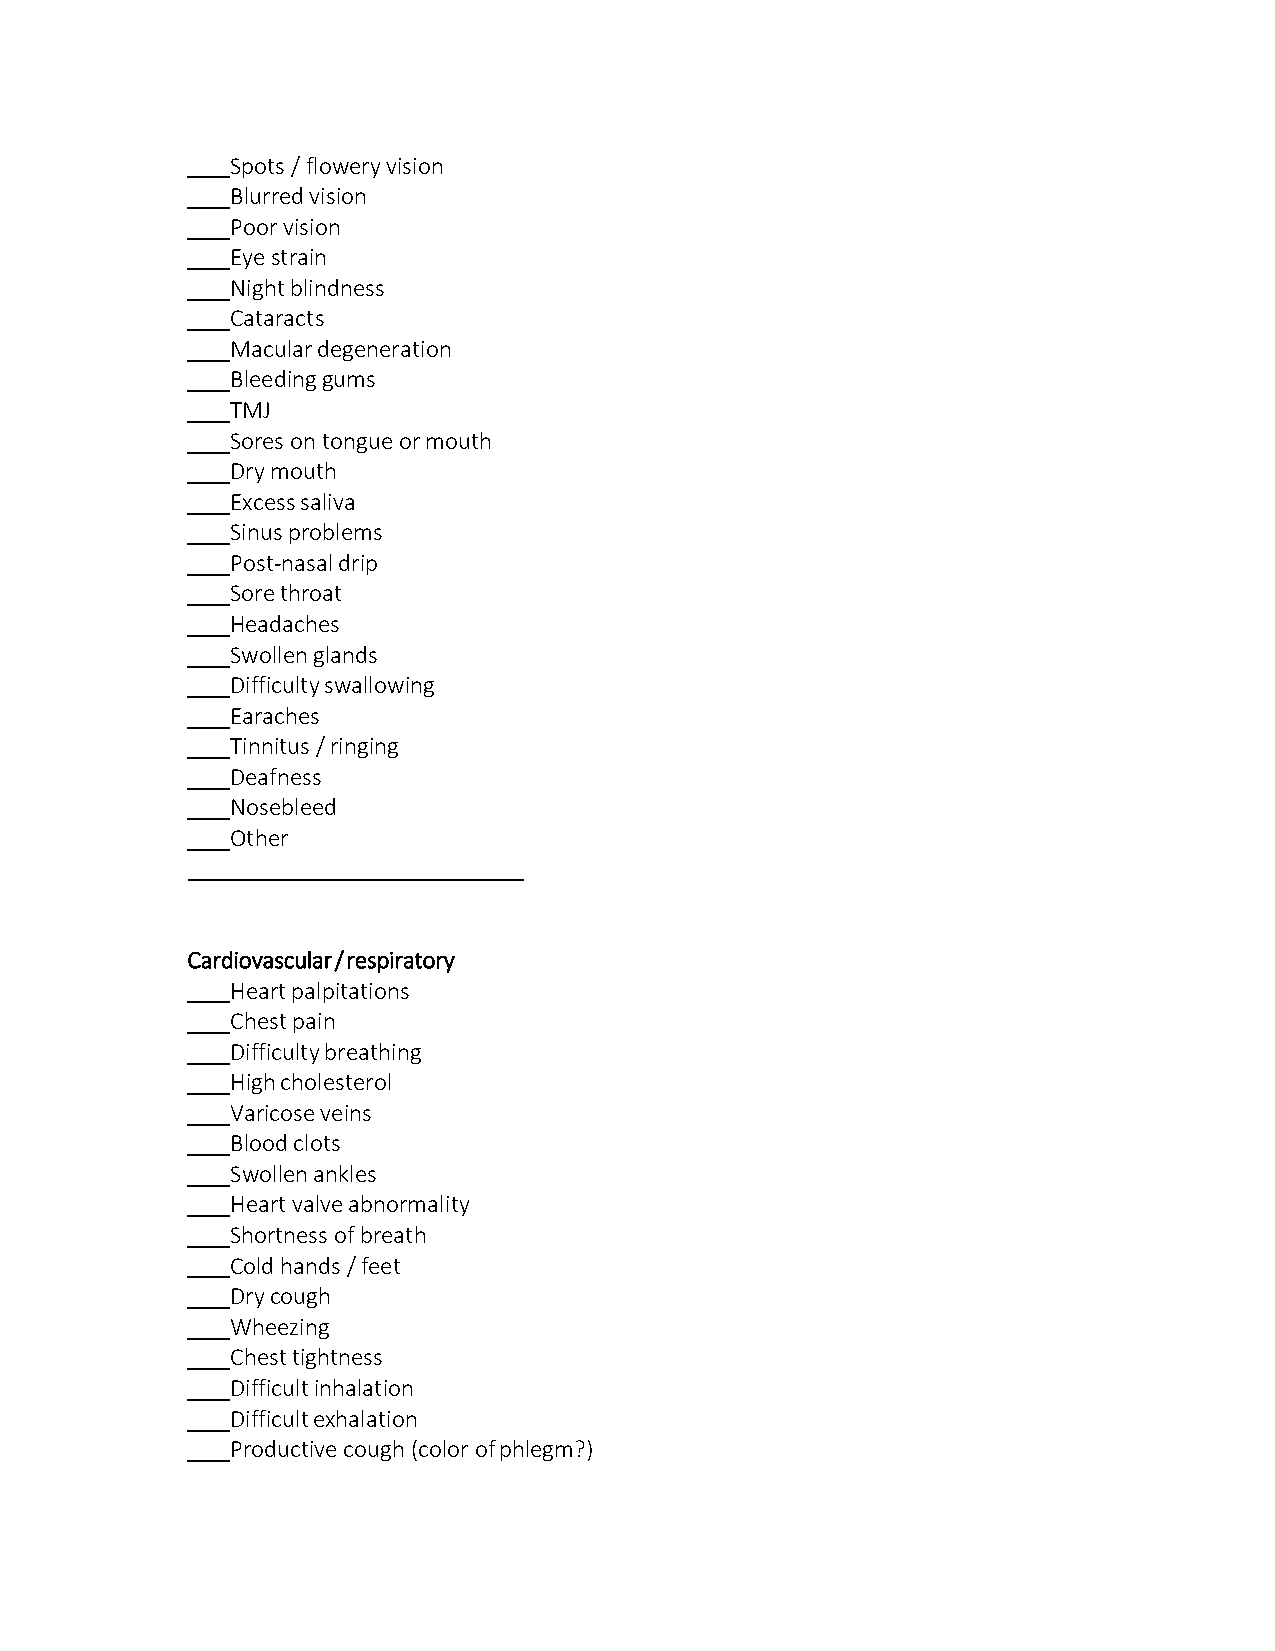
Spots / flowery vision
 Blurred vision
 Poor vision
 Eye strain
 Night blindness
 Cataracts
 Macular degeneration
 Bleeding gums
 TMJ
 Sores on tongue or mouth
 Dry mouth
 Excess saliva
 Sinus problems
 Post-nasal drip
 Sore throat
 Headaches
 Swollen glands
 Difficulty swallowing
 Earaches
 Tinnitus / ringing
 Deafness
 Nosebleed
 Other
 Cardiovascular / respiratory
 Heart palpitations
 Chest pain
 Difficulty breathing
 High cholesterol
 Varicose veins
 Blood clots
 Swollen ankles
 Heart valve abnormality
 Shortness of breath
 Cold hands / feet
 Dry cough
 Wheezing
 Chest tightness
 Difficult inhalation
 Difficult exhalation
 Productive cough (color of phlegm?)